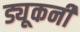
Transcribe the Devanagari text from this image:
ड्यूकनी